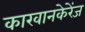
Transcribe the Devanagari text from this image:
कारवानकेरेंज